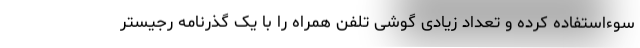
سوءاستفاده کرده و تعداد زیادی گوشی تلفن همراه را با یک گذرنامه رجیستر